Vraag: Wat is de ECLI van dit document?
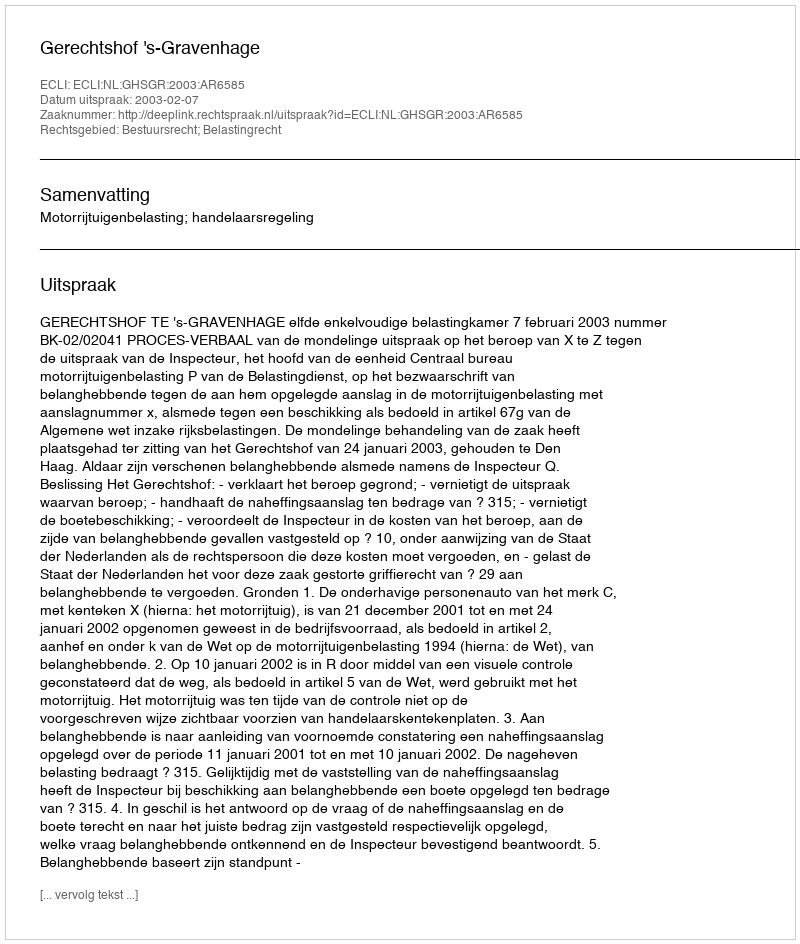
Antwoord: ECLI:NL:GHSGR:2003:AR6585